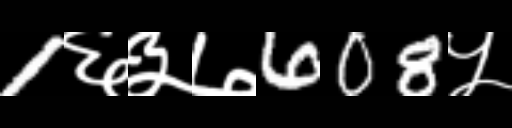
Text: 1६३७608५